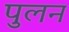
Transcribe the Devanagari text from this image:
पुलन